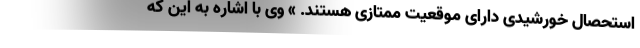
استحصال خورشیدی دارای موقعیت ممتازی هستند. » وی با اشاره به این که